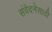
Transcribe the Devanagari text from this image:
संवेदनेसाठी